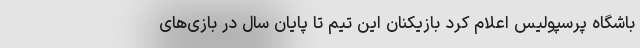
باشگاه پرسپولیس اعلام کرد بازیکنان این تیم تا پایان سال در بازی‌های